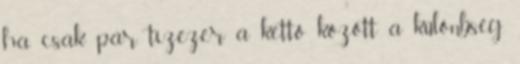
ha csak pár tízezer a kettő között a különbség,